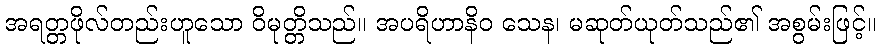
အရတ္တဖိုလ်တည်းဟူသော ဝိမုတ္တိသည်။ အပရိဟာနိဝ သေန၊ မဆုတ်ယုတ်သည်၏ အစွမ်းဖြင့်။